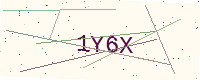
Text: 1Y6X